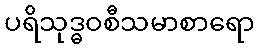
ပရိသုဒ္ဓဝစီသမာစာရော